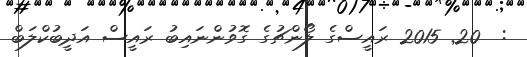
:  20